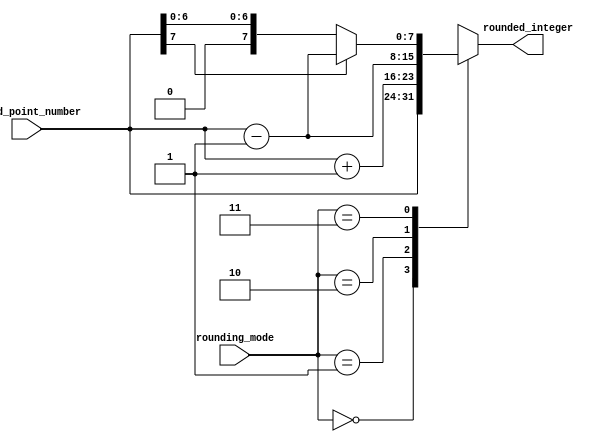
module fixed_point_rounding_unit (
    input [7:0] fixed_point_number,
    input [1:0] rounding_mode,
    output reg [7:0] rounded_integer
);

always @(fixed_point_number, rounding_mode)
begin
    case (rounding_mode)
        2'b00: rounded_integer = fixed_point_number; // no rounding
        2'b01: rounded_integer = fixed_point_number + 1; // round up
        2'b10: rounded_integer = fixed_point_number - 1; // round down
        2'b11: begin // round to nearest
            if (fixed_point_number[7] == 1) // if negative number
                rounded_integer = fixed_point_number - 1;
            else
                rounded_integer = fixed_point_number;
        end
    endcase
end

endmodule